Indian journal of veterinary science and animal husbandry - Volume 8,
Year: 1938
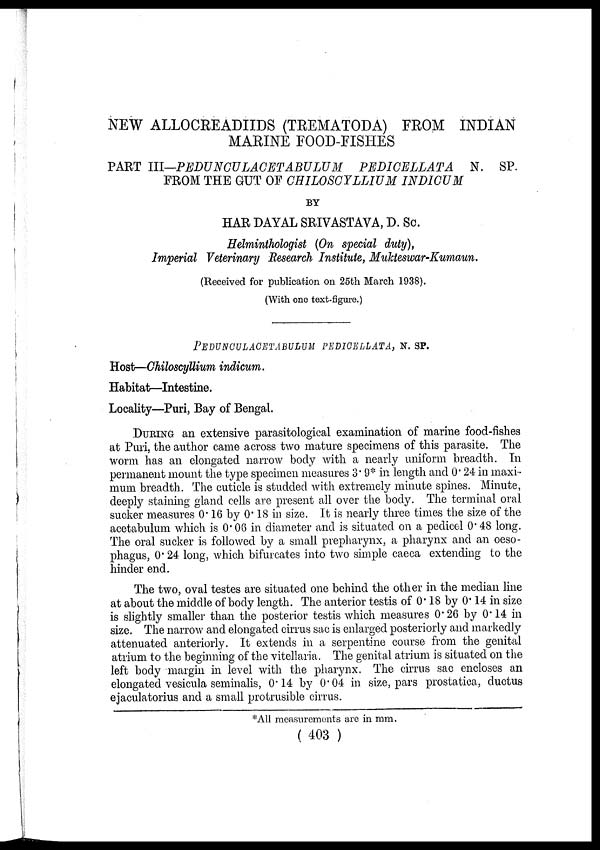
NEW ALLOCREADIIDS (TREMATODA) FROM INDIAN
MARINE FOOD-FISHES
PART III-PEDUNCULACETABULUM
PEDICELLATA
N. SP.
FROM THE GUT OF CHILOSCYLLIUM INDICUM
BY
HAR DAYAL SRIVASTAVA, D. Sc.
Helminthologist (On special duty),
Imperial Veterinary Research Institute, Mukteswar-Kumaun.
(Received for publication on 25th March 1938).
(With one text-figure.)
PEDUNCULACETABULUM PEDICELLATA, N. SP.
Host—Chiloscyllium indicum.
Habitat—Intestine.
Locality—Puri, Bay of Bengal.
DURING an extensive parasitological examination of marine food-fishes
at Puri, the author came across two mature specimens of this parasite. The
worm has an elongated narrow body with a nearly uniform breadth. In
permanent mount the type specimen measures 3.9* in length and 0.24 in maxi-
mum breadth. The cuticle is studded with extremely minute spines. Minute,
deeply staining gland cells are present all over the body. The terminal oral
sucker measures 0.16 by 0.18 in size. It is nearly three times the size of the
acetabulum which is 0.06 in diameter and is situated on a pedicel 0' 48 long.
The oral sucker is followed by a small prepharynx, a pharynx and an oeso-
phagus, 0.24 long, which bifurcates into two simple caeca extending to the
hinder end.
The two, oval testes are situated one behind the other in the median line
at about the middle of body length. The anterior testis of 0.18 by 0.14 in size
is slightly smaller than the posterior testis which measures 0.26 by 0.14 in
size. The narrow and elongated cirrus sac is enlarged posteriorly and markedly
attenuated anteriorly. It extends in a serpentine course from the genital
atrium to the beginning of the vitellaria. The genital atrium is situated on the
left body margin in level with the pharynx. The cirrus sac encloses an
elongated vesicula seminalis, 0.14 by 0.04 in size, pars prostatica, ductus
ejaculatorius and a small protrusible cirrus.
*All measurements are in mm.
( 403 )